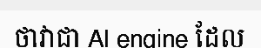
ថាវាជា Al engine ដែល